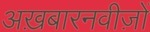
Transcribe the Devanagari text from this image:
अख़बारनवीज़ों